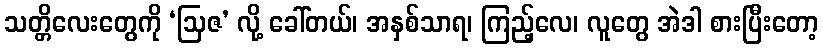
သတ္တိလေးတွေကို ‘ဩဇ’ လို့ ခေါ်တယ်၊ အနှစ်သာရ၊ ကြည့်လေ၊ လူတွေ အဲဒါ စားပြီးတော့